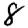
Digit: 8